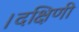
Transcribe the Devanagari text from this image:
।दक्षिणी